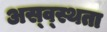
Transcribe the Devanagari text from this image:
अस्व्स्थता